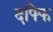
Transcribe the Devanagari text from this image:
दफ्फि